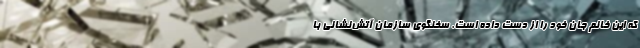
که این خانم جان خود را از دست داده است. سخنگوی سازمان آتش‌نشانی با